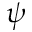
\psi